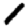
Digit: 1